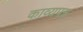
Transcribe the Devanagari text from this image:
काव्यपत्र